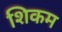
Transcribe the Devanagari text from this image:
शिकम